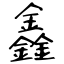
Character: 鑫